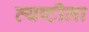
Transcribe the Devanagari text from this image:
व्यष्टीला